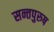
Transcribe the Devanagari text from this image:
सन्तपुरुष